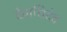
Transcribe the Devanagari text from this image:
देवाधिदेव